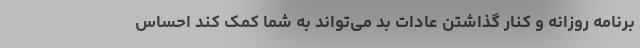
برنامه روزانه و کنار گذاشتن عادات بد می‌تواند به شما کمک کند احساس